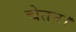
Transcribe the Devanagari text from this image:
चेतन।